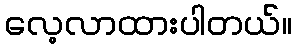
လေ့လာထားပါတယ်။